Annual report on the mental hospital in the Central Provinces and Berar (Nagpur) - 1927-1951
Year: 1927
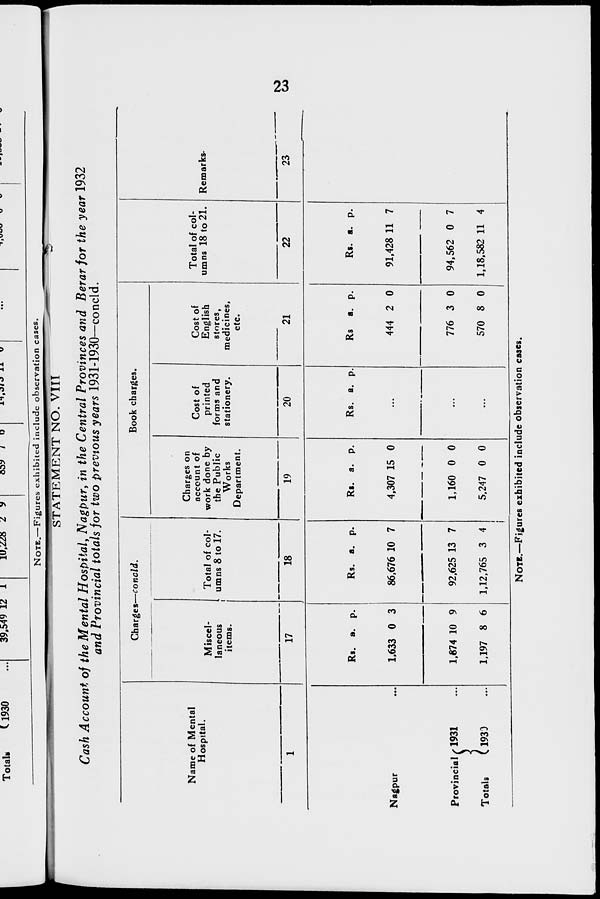
23
STATEMENT NO. VIII
Cash Account of the Mental Hospital, Nagpur, in the Central Provinces and Berar for the year 1932
and Provincial totals for two previous years 1931-1930—concld.
Name of Mental
Hospital.
1
Nagpur ...
Provincial
Totals
1931 ...
1930 ...
Charges—concld.
Miscel-
laneous
items.
17
Rs.
1,633
1,674
1,197
a.
0
10
8
p.
3
9
6
Total of col-
umns 8 to 17.
18
Rs.
86,676
92,625
1,12,765
a.
10
13
3
p.
7
7
4
Book charges.
Charges on
account of
work done by
the Public
Works
Department.
19
Rs.
4,307
1,160
5,247
a.
15
0
0
p.
0
0
0
Cost of
printed
forms and
stationery.
20
Rs. a. p.
...
...
...
Cost of
English
stores,
medicines,
etc.
21
Rs.
444
776
570
a.
2
3
8
p.
0
0
0
Total of col-
umns 18 to 21.
22
Rs.
91,428
94,562
1,18,582
a.
11
0
11
p.
7
7
4
Remarks.
23
NOTE.—Figures exhibited include observation cases.